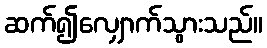
ဆက်၍လျှောက်သွားသည်။